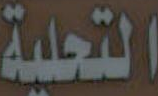
التحلية